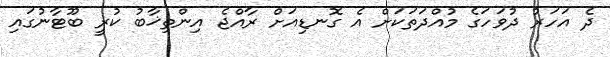
ދެ އަހަރު ދުވަހަގެ މުއްދަތަކަށް އެ ގޮނޑިއަށް ރާއްޖެ އިންތިޚާބު ކުރީ ބޫޓާނުގައި